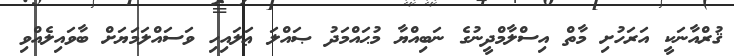
ޤުރްއާނަކީ އަރަހުށި މާތް އިސްލާމްދީނުގެ ނަބިއްޔާ މުޙައްމަދު ޞައްލަ ޢަލައިހި ވަސައްލަމަޔަށް ބާވައިލެއްވި